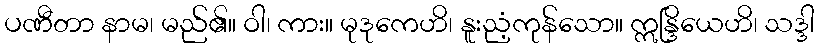
ပဏီတာ နာမ၊ မည်၏။ ဝါ၊ ကား။ မုဒုကေဟိ၊ နူးညံ့ကုန်သော။ ဣန္ဒြိယေဟိ၊ သဒ္ဒါ